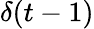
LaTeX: \delta(t-1)